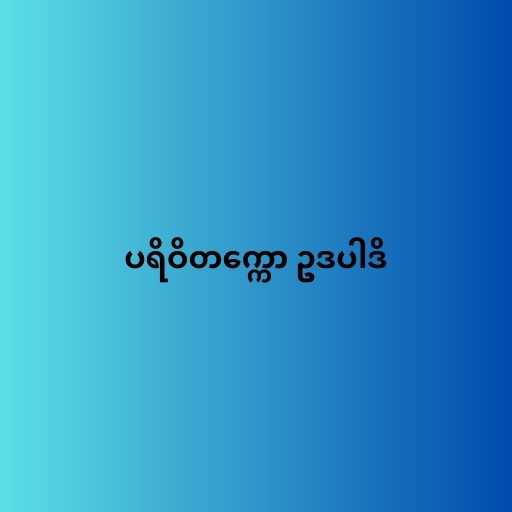
ပရိဝိတက္ကော ဥဒပါဒိ